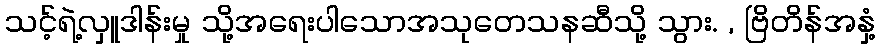
သင့်ရဲ့လှူဒါန်းမှု သို့အရေးပါသောအသုတေသနဆီသို့ သွား. , ဗြိတိန်အနှံ့